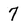
Character: 7